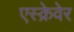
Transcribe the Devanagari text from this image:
एस्क्रेवेर